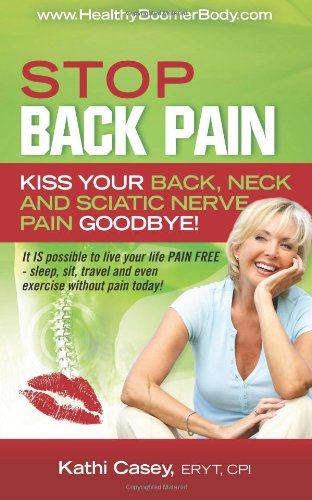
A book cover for STOP Back Pain: Kiss Your Back, Neck And Sciatic Nerve Pain Goodbye!; Kathi Casey; Health, Fitness & Dieting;